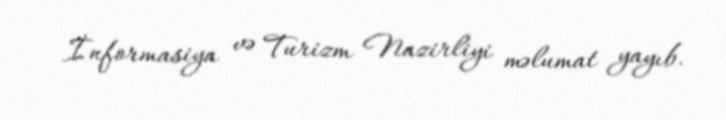
İnformasiya və Turizm Nazirliyi məlumat yayıb.